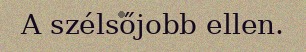
A szélsőjobb ellen.